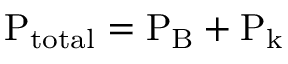
\mathrm { P _ { t o t a l } = P _ { B } + P _ { k } }